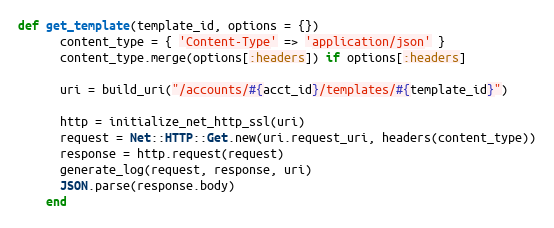
Language: Ruby
def get_template(template_id, options = {})
      content_type = { 'Content-Type' => 'application/json' }
      content_type.merge(options[:headers]) if options[:headers]

      uri = build_uri("/accounts/#{acct_id}/templates/#{template_id}")

      http = initialize_net_http_ssl(uri)
      request = Net::HTTP::Get.new(uri.request_uri, headers(content_type))
      response = http.request(request)
      generate_log(request, response, uri)
      JSON.parse(response.body)
    end